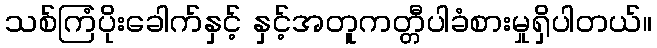
သစ်ကြံပိုးခေါက်နှင့် နှင့်အတူကတ္တီပါခံစားမှုရှိပါတယ်။